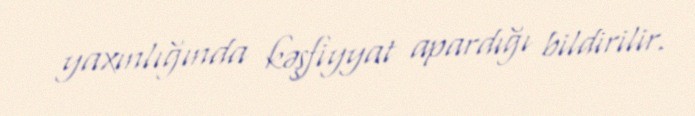
yaxınlığında kəşfiyyat apardığı bildirilir.